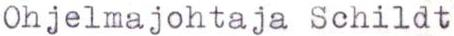
Ohjelmajohtaja Schildt